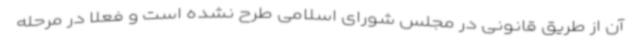
آن از طریق قانونی در مجلس شورای اسلامی طرح نشده است و فعلا در مرحله